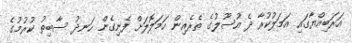
އަރަބިއްޔާގައި އަމަލުކުރާ ދެ އުސޫލުގެ ތެރެއިން ހަމަލޮލަށް ފެނިގެން ހަނދު ސާބިތު ކުރުމުގެ